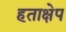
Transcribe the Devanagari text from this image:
हताक्षेप